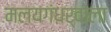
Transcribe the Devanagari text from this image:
मलयगंधर्वाला